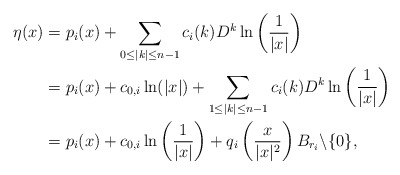
\begin{align*}\eta(x)&=p_i(x)+\sum_{0\leq |k|\leq n-1}c_i(k)D^{k}\ln\left(\frac{1}{|x|}\right)\\&=p_i(x)+c_{0,i} \ln(|x|)+\sum_{1 \leq |k|\leq n-1}c_i(k)D^{k}\ln\left(\frac{1}{|x|}\right)\\&=p_i(x)+c_{0,i} \ln\left(\frac{1}{|x|}\right)+q_i\left(\frac{x}{|x|^2}\right) B_{r_i}\backslash \{0\},\end{align*}